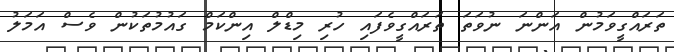
ތަރައްގީވަމުން އަންނަ ނުވަތަ ތަރައްގީވެފައި ހުރި މިޑްލް އިންކަމް ގައުމުތަކުން ވެސް އަމަލު